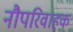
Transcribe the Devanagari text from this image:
नौपरिवाहक